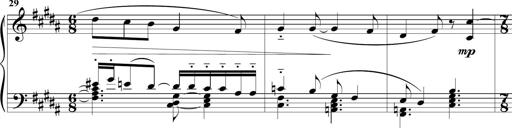
Title: Sonatine MÃ©lancolique
Composer: Julian Raoul Besset